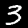
Label: 3